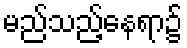
မည်သည့်နေရာ၌